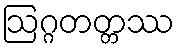
ဩဂ္ဂတတ္တဿ